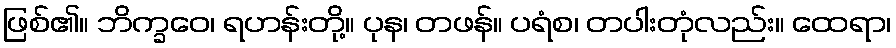
ဖြစ်၏။ ဘိက္ခဝေ၊ ရဟန်းတို့။ ပုန၊ တဖန်။ ပရံစ၊ တပါးတုံလည်း။ ထေရာ၊